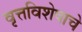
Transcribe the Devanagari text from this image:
वृत्तविशेषाचे